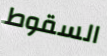
السقوط